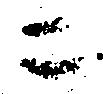
ニ